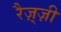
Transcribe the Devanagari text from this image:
रैज़्ज़ी